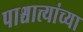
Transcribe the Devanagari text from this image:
पाश्चात्त्यांच्या